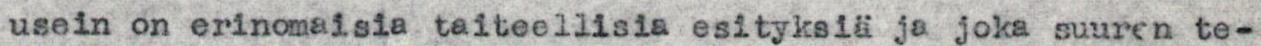
usein on erinomaisia taiteellisia esityksiä ja joka suuren te-